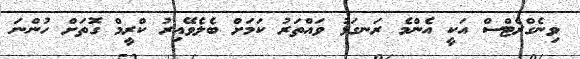
ވިނެގްރެޓްސް އަކީ އެންމެ ރަނގަޅު ވައްތަރު ކަމަށް ބެލެވޭއިރު ކްރީމް ގޮތަށް ހުންނަ